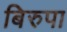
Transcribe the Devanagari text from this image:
बिरुपा